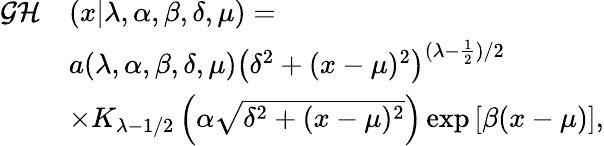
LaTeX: \begin{array}{rl}{\mathrm{\cal GH}}&{(x|\lambda,\alpha,\beta,\delta,\mu)=}\\ &{a(\lambda,\alpha,\beta,\delta,\mu)\left(\delta^{2}+(x-\mu)^{2}\right)^{(\lambda-\frac{1}{2})/2}}\\ &{\times K_{\lambda-1/2}\left(\alpha\sqrt{\delta^{2}+(x-\mu)^{2}}\right)\exp\left[\beta(x-\mu)\right],}\end{array}